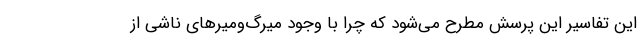
این تفاسیر این پرسش مطرح می‌شود که چرا با وجود میرگ‌ومیرهای ناشی از